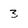
Character: 3